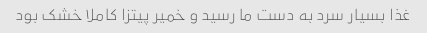
غذا بسیار سرد به دست ما رسید و خمیر پیتزا کاملا خشک بود